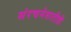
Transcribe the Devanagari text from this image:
संरचनेसाठीही